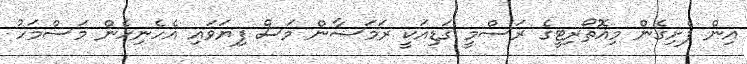
އިން ފެށިގެން މިއޮތޯރިޓީގެ ރަސްމީ ގަޑިއަކީ ރަމަޟާން މަސް ފިޔަވައި އެހެނިހެން މަސްމަހު